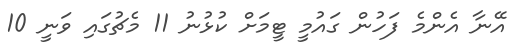
އޭނާ އެންމެ ފަހުން ގައުމީ ޓީމަށް ކުޅުނު 11 މެޗުގައި ވަނީ 10